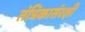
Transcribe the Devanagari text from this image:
तंत्रिकासंरक्षी